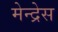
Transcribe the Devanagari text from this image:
मेन्द्रेस